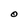
Character: O